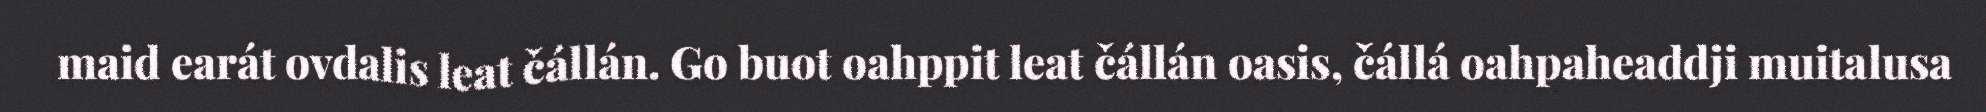
maid earát ovdalis leat čállán. Go buot oahppit leat čállán oasis, čállá oahpaheaddji muitalusa